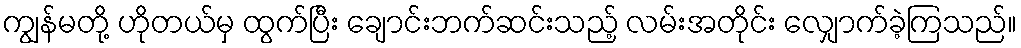
ကျွန်မတို့ ဟိုတယ်မှ ထွက်ပြီး ချောင်းဘက်ဆင်းသည့် လမ်းအတိုင်း လျှောက်ခဲ့ကြသည်။